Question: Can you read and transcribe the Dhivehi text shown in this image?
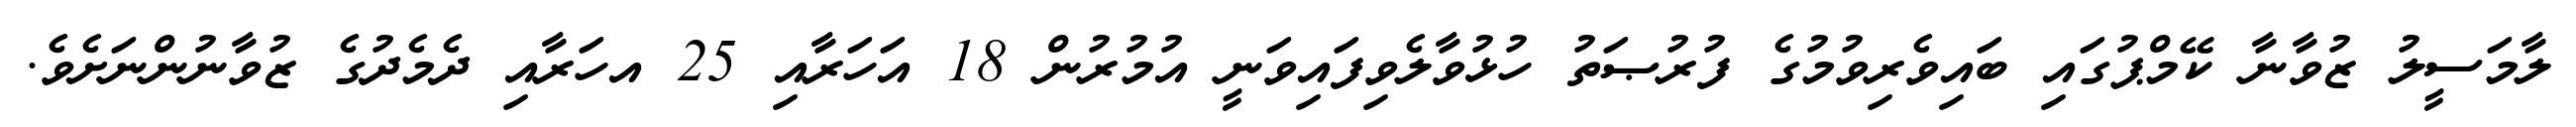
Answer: ލާމަސީލު ޒުވާނާ ކޭމްޕުގައި ބައިވެރިވުމުގެ ފުރުޞަތު ހުޅުވާލެވިފައިވަނީ އުމުރުން 18 އަހަރާއި 25 އހަރާއި ދެމެދުގެ ޒުވާނުންނަށެވެ.